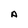
Character: A